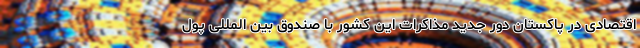
اقتصادی در پاکستان دور جدید مذاکرات این کشور با صندوق بین المللی پول